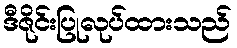
ဒီဇိုင်းပြုလုပ်ထားသည်